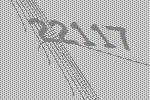
22117